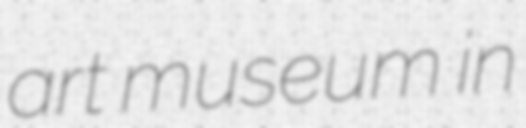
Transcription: art museum in